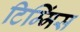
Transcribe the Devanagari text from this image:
टिम्मिंस